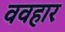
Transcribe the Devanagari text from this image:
ववहार